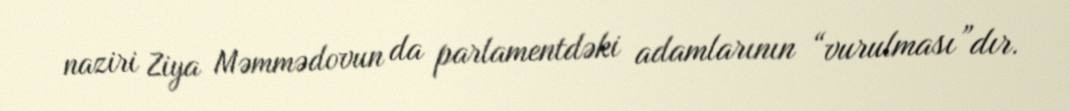
naziri Ziya Məmmədovun da parlamentdəki adamlarının “vurulması”dır.